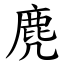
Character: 麂